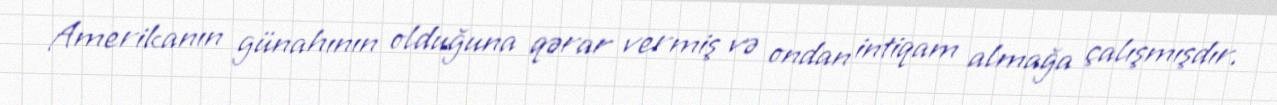
Amerikanın günahının olduğuna qərar vermiş və ondan intiqam almağa çalışmışdır.